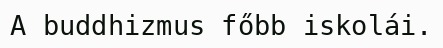
A buddhizmus főbb iskolái.